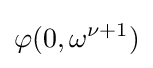
\varphi (0,\omega ^{\nu +1})